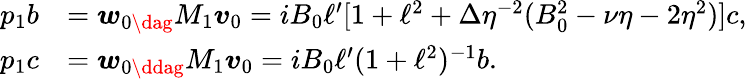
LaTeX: \begin{array}{rl}{p_{1}b}&{=\boldsymbol{w}_{0\dag}M_{1}\boldsymbol{v}_{0}=iB_{0}\ell^{\prime}[1+\ell^{2}+\Delta\eta^{-2}(B_{0}^{2}-\nu\eta-2\eta^{2})]c,}\\ {p_{1}c}&{=\boldsymbol{w}_{0\ddag}M_{1}\boldsymbol{v}_{0}=iB_{0}\ell^{\prime}(1+\ell^{2})^{-1}b.}\end{array}